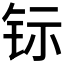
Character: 𮷿